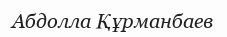
Абдолла Құрманбаев